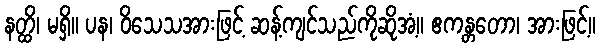
နတ္ထိ၊ မရှိ။ ပန၊ ဝိသေသအားဖြင့် ဆန့်ကျင်သည်ကိုဆိုအံ့။ ဧကန္တတော၊ အားဖြင့်။